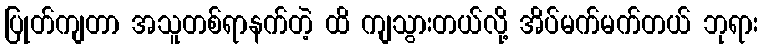
ပြုတ်ကျတာ အသူတစ်ရာနက်တဲ့ ထိ ကျသွားတယ်လို့ အိပ်မက်မက်တယ် ဘုရား